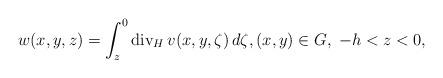
LaTeX: \begin{align*} w(x,y,z) = \int_{z}^0 \mathrm{div}_H\,v(x,y,\zeta)\,d\zeta, (x,y)\in G,\; -h<z<0,\end{align*}